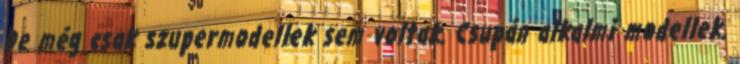
De még csak szupermodellek sem voltak. Csupán alkalmi modellek.